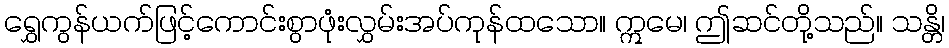
ရွှေကွန်ယက်ဖြင့်ကောင်းစွာဖုံးလွှမ်းအပ်ကုန်ထသော။ ဣမေ၊ ဤဆင်တို့သည်။ သန္တိ၊